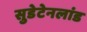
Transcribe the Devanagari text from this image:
सुडेटेनलांड